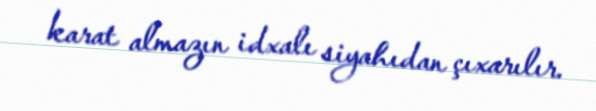
karat almazın idxalı siyahıdan çıxarılır.